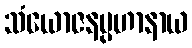
သံယောဇနပ္ပဟာနာယ